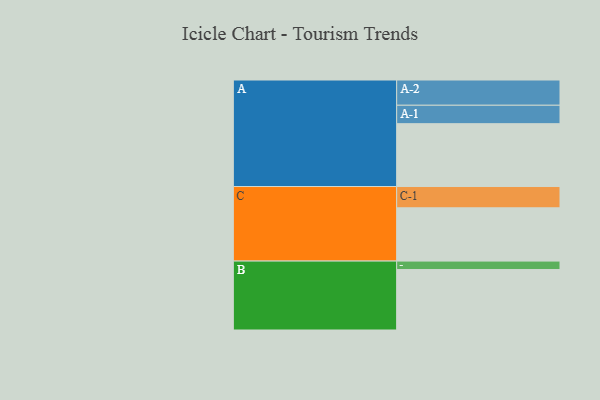
{"axis": {"x": "Segment", "y": "Value"}, "legend": ["", "A", "B", "C"], "data": [{"x": "A", "y": 590, "type": ""}, {"x": "B", "y": 568, "type": ""}, {"x": "C", "y": 500, "type": ""}, {"x": "A-1", "y": 173, "type": "A"}, {"x": "A-2", "y": 237, "type": "A"}, {"x": "B-1", "y": 79, "type": "B"}, {"x": "C-1", "y": 200, "type": "C"}]}